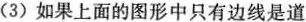
(3)如果上面的图形中只有边线是道